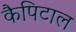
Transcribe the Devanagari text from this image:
कैपिटाल